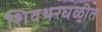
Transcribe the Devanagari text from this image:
शिवथरघळीत